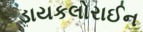
ડાયકલોરાઈન